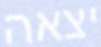
יצאה